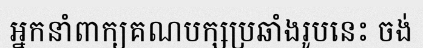
អ្នកនាំពាក្យគណបក្សប្រឆាំងរូបនេះ ចង់